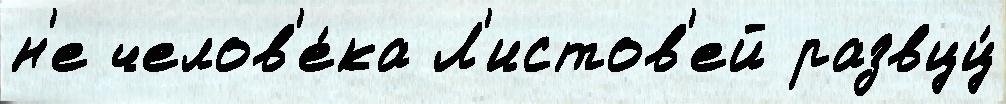
н'е челов'е́ка Л'истов'ей развцц́